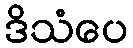
ဒိသံပေ